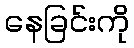
နေခြင်းကို